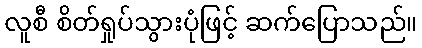
လူစီ စိတ်ရှုပ်သွားပုံဖြင့် ဆက်ပြောသည်။